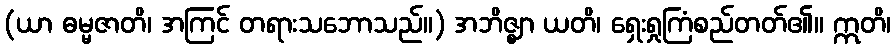
(ယာ ဓမ္မဇာတိ၊ အကြင် တရားသဘောသည်။) အဘိဇ္ဈာ ယတိ၊ ရှေးရှုကြံစည်တတ်၏။ ဣတိ၊